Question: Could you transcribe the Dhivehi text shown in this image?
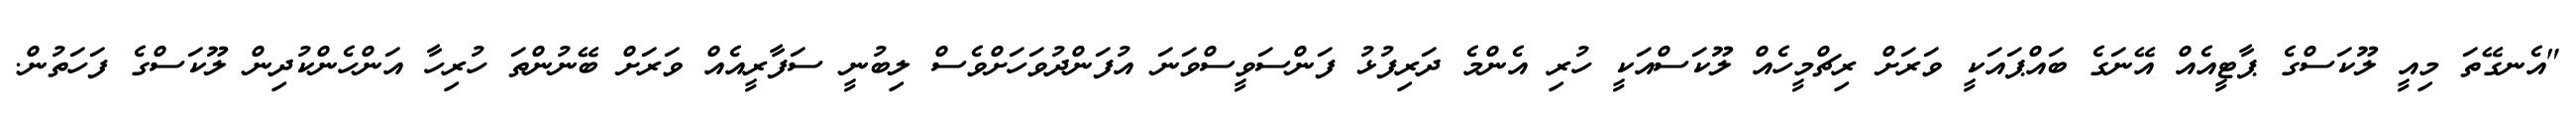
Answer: "އެނގޭތަ މިއީ ލޫކަސްގެ ޕާޓީއެއް އޭނަގެ ބައްޕައަކީ ވަރަށް ރިޗްމީހެއް ލޫކަސްއަކީ ހުރި އެންމެ ދަރިފުޅު ފަންސަވީސްވަނަ އުފަންދުވަހަށްވެސް ލިބުނީ ސަފާރީއެއް ވަރަށް ބޭނުންތަ ހުރިހާ އަންހެންކުދިން ލޫކަސްގެ ފަހަތުން.